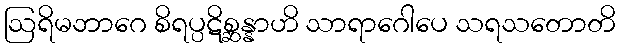
ဩရိမဘာဂေ စိရပ္ပဋိစ္ဆန္နာဟိ သာရာဂေါပေ သရသတောတိ